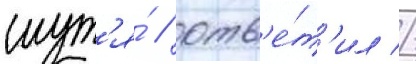
шут'я́ / отв'е́т'ил //